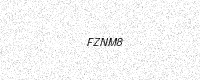
Text: FZNM8